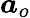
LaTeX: \boldsymbol{a}_{o}